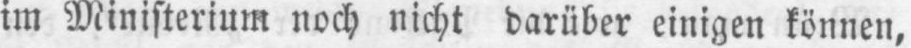
im Ministerium noch nicht darüber einigen können,